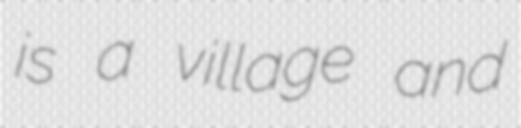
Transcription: is a village and